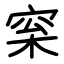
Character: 梥